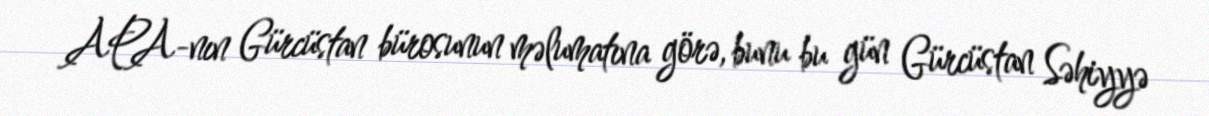
APA-nın Gürcüstan bürosunun məlumatına görə, bunu bu gün Gürcüstan Səhiyyə